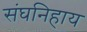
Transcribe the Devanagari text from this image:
संघनिहाय